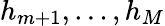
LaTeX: h_{m+1},\dots,h_{M}